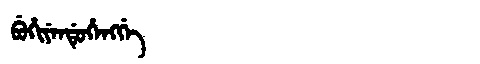
Manchu: ᠪᡠᡥᡳᠶᡝᠨᡩᡠᡥᡝᠩᡤᡝ
Romanization: BUHIYENDUHENGGE